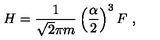
H = \frac { 1 } { \sqrt { 2 } \pi m } \left( \frac { \alpha } { 2 } \right) ^ { 3 } F \ ,